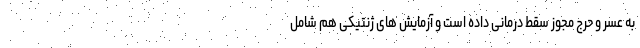
به عسر و حرج مجوز سقط درمانی داده است و آزمایش های ژنتیکی هم شامل